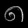
Digit: ၈